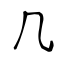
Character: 几